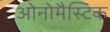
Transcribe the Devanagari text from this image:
ओनोमैस्टिक